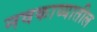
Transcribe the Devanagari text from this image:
नवकाव्यातील